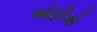
ઓફીસો